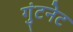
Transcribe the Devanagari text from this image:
गुंटनेट